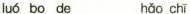
luó bo de hǎo chī